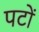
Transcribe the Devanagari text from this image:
पटों